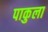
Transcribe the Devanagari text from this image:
पाकुला